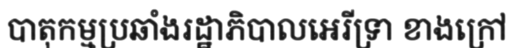
បាតុកម្មប្រឆាំងរដ្ឋាភិបាលអេរីទ្រា ខាងក្រៅ